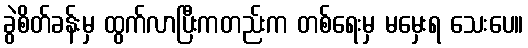
ခွဲစိတ်ခန်းမှ ထွက်လာပြီးကတည်းက တစ်ရေးမှ မမှေးရ သေးပေ။